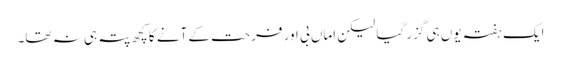
ایک ہفتہ یوں ہی گزر گیا لیکن اماں بی اور فرحت کے آنے کا کچھ پتہ ہی نہ تھا۔